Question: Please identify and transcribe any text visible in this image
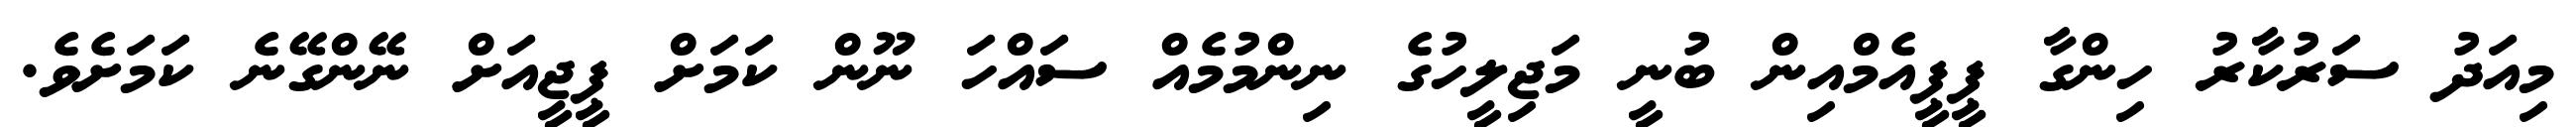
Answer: މިއަދު ސަރުކާރު ހިންގާ ޕީޕީއެމްއިން ބުނީ މަޖިލީހުގެ ނިންމުމެއް ސައްހަ ނޫން ކަމަށް ޕީޖީއަށް ނޭންގޭނެ ކަމަށެވެ.